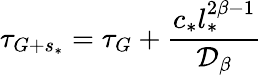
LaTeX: \tau_{G+s_{*}}=\tau_{G}+\frac{c_{*}l_{*}^{2\beta-1}}{\mathcal{D}_{\beta}}